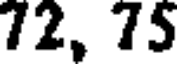
72, 75